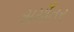
સમાઁતર